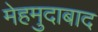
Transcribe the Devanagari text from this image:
मेहमुदाबाद